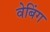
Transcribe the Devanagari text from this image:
वेबिंग